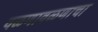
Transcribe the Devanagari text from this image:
वळणावळणाचा